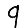
Digit: 9